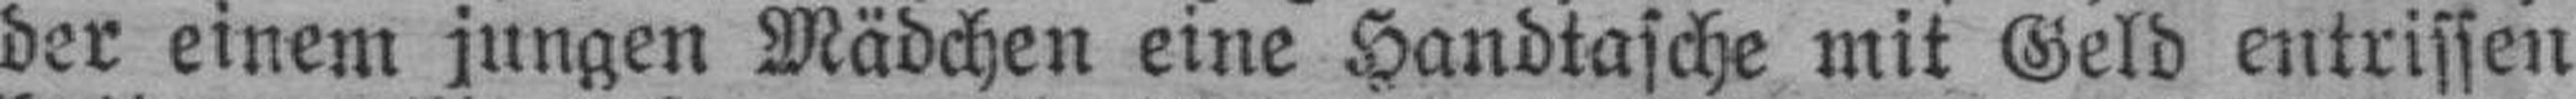
der einem jungen Mädchen eine Handtasche mit Geld entrissen